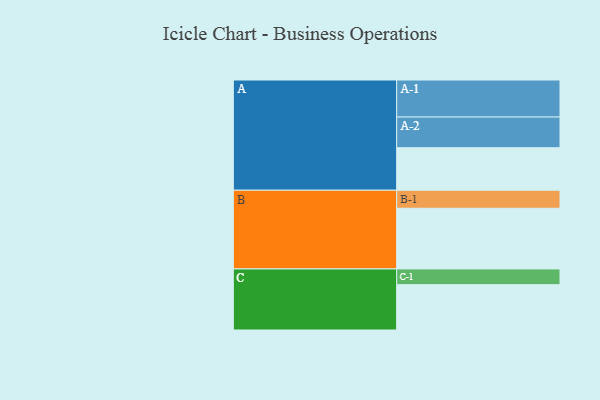
{"axis": {"x": "Segment", "y": "Value"}, "legend": ["", "A", "B", "C"], "data": [{"x": "A", "y": 333, "type": ""}, {"x": "B", "y": 475, "type": ""}, {"x": "C", "y": 355, "type": ""}, {"x": "A-1", "y": 290, "type": "A"}, {"x": "A-2", "y": 240, "type": "A"}, {"x": "B-1", "y": 141, "type": "B"}, {"x": "C-1", "y": 123, "type": "C"}]}